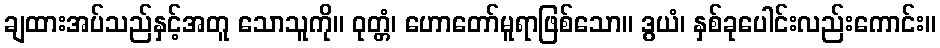
ချထားအပ်သည်နှင့်အတူ သောသူကို။ ဝုတ္တံ၊ ဟောတော်မူရာဖြစ်သော။ ဒွယံ၊ နှစ်ခုပေါင်းလည်းကောင်း။